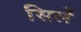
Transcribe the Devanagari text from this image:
सिलें